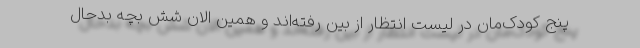
پنج کودک‌مان در لیست انتظار از بین رفته‌اند و همین الان شش بچه بدحال